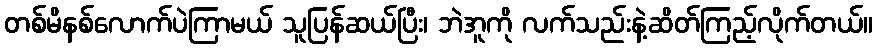
တစ်မိနစ်လောက်ပဲကြာမယ် သူပြန်ဆယ်ပြီး၊ ဘဲအူကို လက်သည်းနဲ့ဆိတ်ကြည့်လိုက်တယ်။